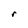
Character: r